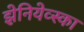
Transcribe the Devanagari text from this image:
झेनियेव्स्का